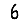
Digit: 6